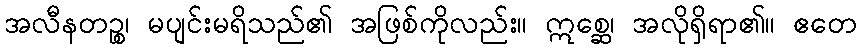
အလီနတဉ္စ၊ မပျင်းမရိသည်၏ အဖြစ်ကိုလည်း။ ဣစ္ဆေ၊ အလိုရှိရာ၏။ ဧတေ